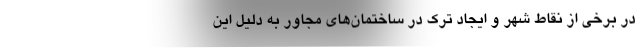
در برخی از نقاط شهر و ایجاد ترک در ساختمان‌های مجاور به دلیل این